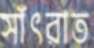
সাঁৎরাত